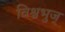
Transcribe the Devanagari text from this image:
विश्वभुज्‌